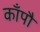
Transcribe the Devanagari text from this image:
काँपौ